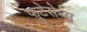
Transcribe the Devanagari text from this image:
फ्रुटेसेन्स